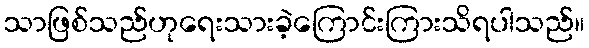
သာဖြစ်သည်ဟုရေးသားခဲ့ကြောင်းကြားသိရပါသည်။